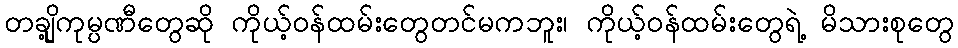
တချို့ကုမ္ပဏီတွေဆို ကိုယ့်ဝန်ထမ်းတွေတင်မကဘူး၊ ကိုယ့်ဝန်ထမ်းတွေရဲ့ မိသားစုတွေ